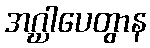
အဂ္ဃါပေတွာန